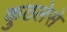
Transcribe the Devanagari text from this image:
कुठलेसे